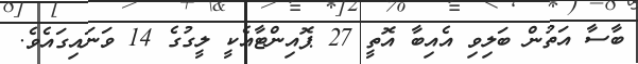
ބާސާ އަތުން ބަލިވި އެއިބާ އޮތީ 27 ޕޮއިންޓާއެކީ ލީގުގެ 14 ވަނައިގައެވެ.